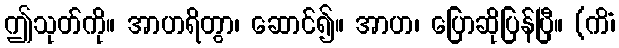
ဤသုတ်ကို။ အာဟရိတွာ၊ ဆောင်၍။ အာဟ၊ ပြောဆိုပြန်ပြီ။ (ကိံ၊